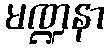
မဏ္ဍနာ